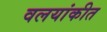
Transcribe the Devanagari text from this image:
वलयांकीत